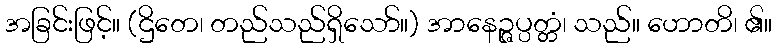
အခြင်းဖြင့်။ (ဌိတေ၊ တည်သည်ရှိသော်။) အာနေဉ္ဇပ္ပတ္တံ၊ သည်။ ဟောတိ၊ ၏။